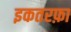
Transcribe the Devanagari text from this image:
इकतरफ़ा